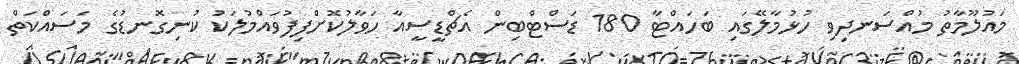
މައުލޫމާތު މުއްސަނދިވި ހުޅުމާލޭގައި ބަހައްޓާ 180 ޑަސްޓްބިން އެޗްޑީސީއާ ހަވާލުކޮށްފިފުވައްމުލަކު ކުނިގޮނޑުގެ މަސައްކަތް